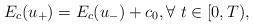
LaTeX: \begin{align*}E_c(u_+) = E_c(u_-) + c_0, \forall\ t \in [0, T),\end{align*}